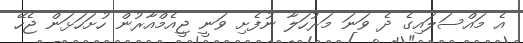
އެ މައްސަލައިގެ ދެ ވަނަ މަރުހަލާ ނުފެށި ވަނީ ޖީއެމްއާރުން ހުށަހަޅަން ޖެހޭ